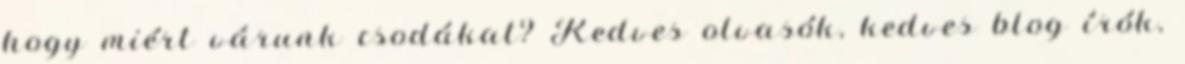
hogy miért várunk csodákat? Kedves olvasók, kedves blog írók,